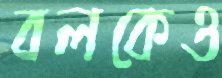
বলকেও